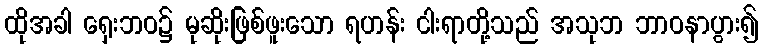
ထိုအခါ ရှေးဘဝ၌ မုဆိုးဖြစ်ဖူးသော ရဟန်း ငါးရာတို့သည် အသုဘ ဘာဝနာပွား၍